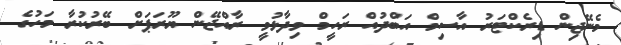
މެނޭޖިން ޑިރެކްޓަރު އާސިމް އަބްދުއް ރަހީމް ވިދާޅުވީ ރާއްޖޭން ޔޫރަޕަށް ބޭރުކުރާ މަހުގެ